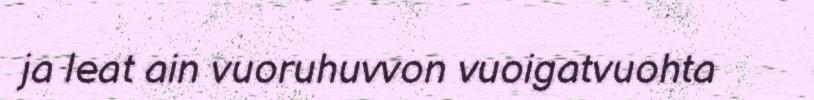
ja leat ain vuoruhuvvon vuoigatvuohta